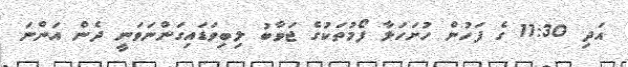
އަދި 11:30 ގެ ފަހުން ހުށަހަޅާ ފޯމުތަކުގެ ޖަވާބު ލިބިވަޑައިގަންނަވަނީ ދެން އަންނަ